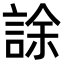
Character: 𧧶